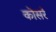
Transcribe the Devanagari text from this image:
कोसरे